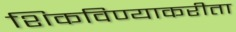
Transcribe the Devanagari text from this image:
शिकविण्याकरीता